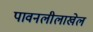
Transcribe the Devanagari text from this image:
पावनलीलाखेल